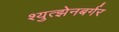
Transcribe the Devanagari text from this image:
श्युत्झेनबर्गर